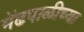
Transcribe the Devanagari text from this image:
मेंढपाळीच्या